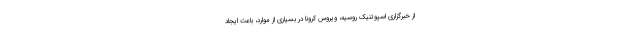
از خبرگزاری اسپوتنیک روسیه، ویروس کرونا در بسیاری از موارد، باعث ایجاد